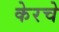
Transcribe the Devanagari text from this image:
केरचे